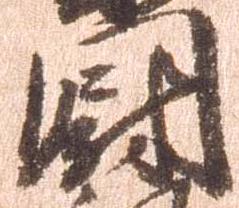
門